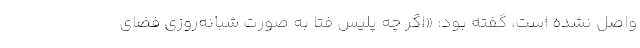
واصل نشده است، گفته بود: «اگر چه پلیس فتا به صورت شبانه‌روزی فضای